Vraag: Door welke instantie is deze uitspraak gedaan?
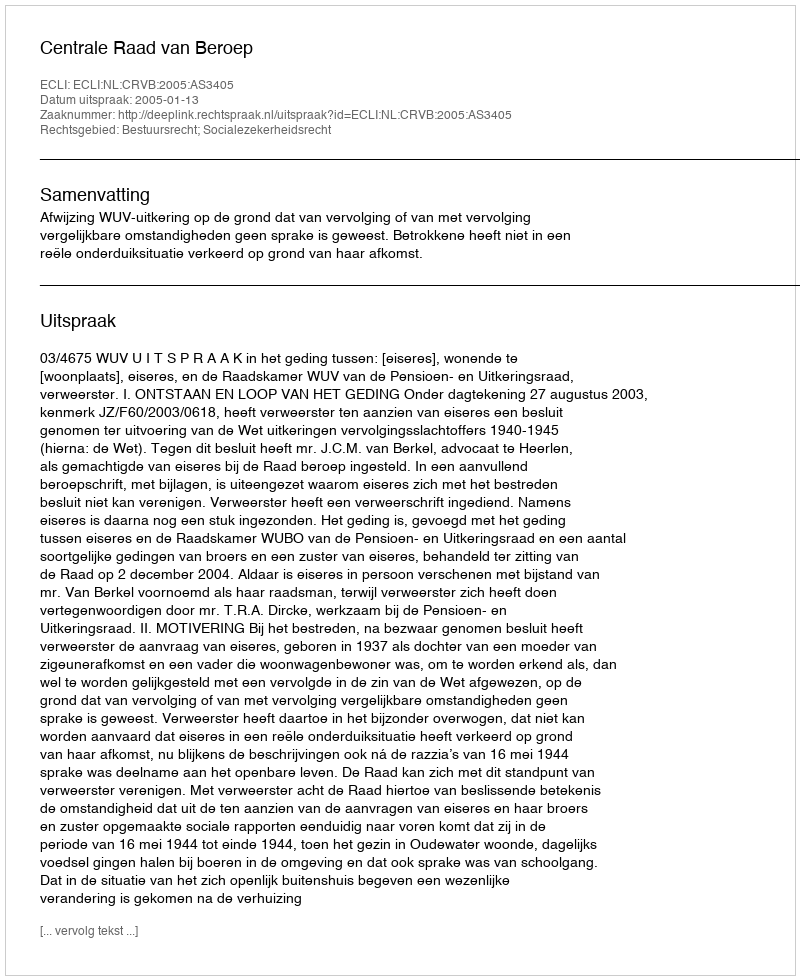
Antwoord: Centrale Raad van Beroep